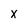
Character: x